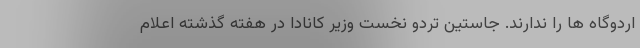
اردوگاه ها را ندارند. جاستین تردو نخست وزیر کانادا در هفته گذشته اعلام